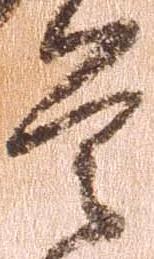
是